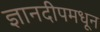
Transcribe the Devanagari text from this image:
ज्ञानदीपमधून